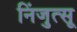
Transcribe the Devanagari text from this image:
निंजुत्सू